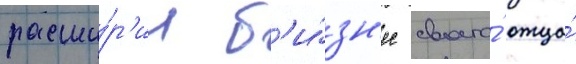
расши́р'ил б'и́зн'ес своего́ отца́